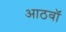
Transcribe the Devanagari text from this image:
आठवाॅ